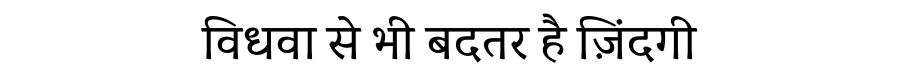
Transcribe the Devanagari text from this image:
विधवा से भी बदतर है ज़िंदगी